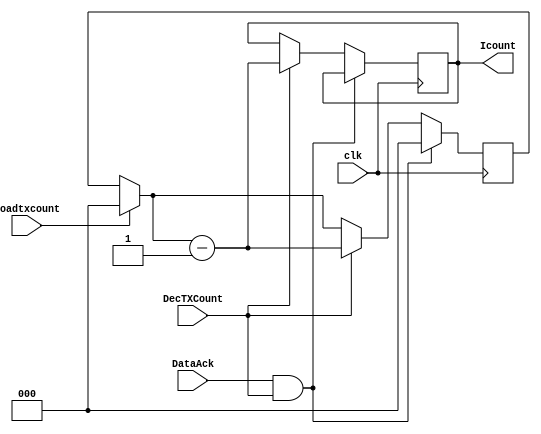
`timescale 10ns/1ns
module I_counter(clk, DataAck, Icount, DecTXCount, Loadtxcount);

input clk;
input DecTXCount;
input DataAck;
output reg [2:0] Icount;
reg [2:0]count;
input Loadtxcount;

always @(posedge clk)
begin
	if(Loadtxcount)
	begin
		count = 8;
	end
	if(DataAck==1 && DecTXCount==1)
		begin	
			count = 8;
		end
	else if(DecTXCount==1)
		begin
			count = count-1;
			Icount = count;
		end	
end
endmodule